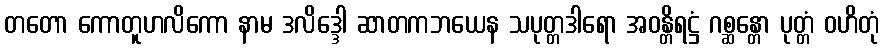
တတော ကောတူဟလိကော နာမ ဒလိဒ္ဒေါ ဆာတကဘယေန သပုတ္တဒါရော အဝန္တိရဋ္ဌံ ဂစ္ဆန္တော ပုတ္တံ ဝဟိတုံ